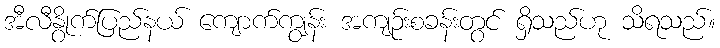
အီလီနွိုက်ပြည်နယ် ကျောက်ကျွန်း အကျဉ်းစခန်းတွင် ရှိသည်ဟု သိရသည်။